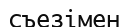
съезімен